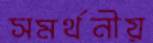
সমর্থনীয়